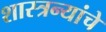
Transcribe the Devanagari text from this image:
शास्त्रन्यांचे